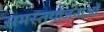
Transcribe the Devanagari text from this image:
समस्तयोजनाओं